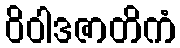
ဝိဝါဒဇာတိကံ